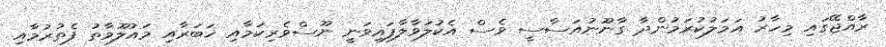
ރާއްޖޭގައި މިހާރު އަމަލުކުރަމުންދާ ގާނޫނުއަސާސީ ވެސް އެކުލަވާލާފައިވަނީ ނޫސްވެރިކަމާއި ޚަބަރާއި މައުލޫމާތު ފެތުރުމާއި